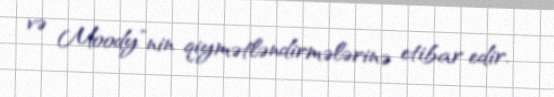
və Moody”nin qiymətləndirmələrinə etibar edir.